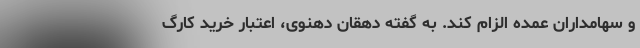
و سهامداران عمده الزام کند. به گفته دهقان دهنوی، اعتبار خرید کارگ